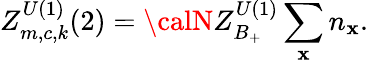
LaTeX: Z_{m,c,k}^{U(1)}(2)={\calN}Z_{B_{+}}^{U(1)}\sum_{\mathbf{x}}n_{\mathbf{x}}.